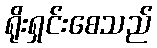
ရိုးရှင်းစေသည်